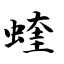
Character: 蝰